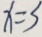
x = 3